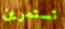
تستمرين